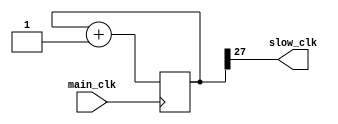
`timescale 1ns / 1ps

module Clock_divider(
input main_clk,
output slow_clk
    );
    
reg [31:0] counter;

always @(posedge main_clk)
begin
    counter  <= counter + 1;
end
assign slow_clk = counter[27];
endmodule